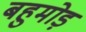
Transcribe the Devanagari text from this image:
बहुमोड़